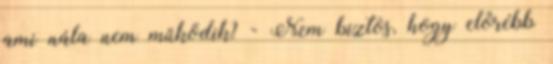
ami nála nem működik? - Nem biztos, hogy előrébb